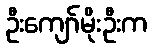
ဦးကျော်မိုးဦးက